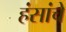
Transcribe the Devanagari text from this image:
हंसांचे